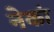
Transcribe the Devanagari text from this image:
नेकां